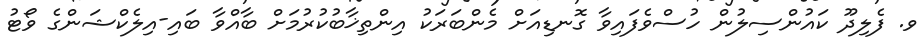
ވ. ފެލިދޫ ކައުންސިލުން ހުސްވެފައިވާ ގޮނޑިއަށް މެންބަރަކު އިންތިޚާބުކުރުމަށް ބާއްވާ ބައި-އިލެކްޝަންގެ ވޯޓު